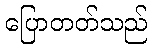
ပြောတတ်သည်